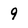
Character: 9